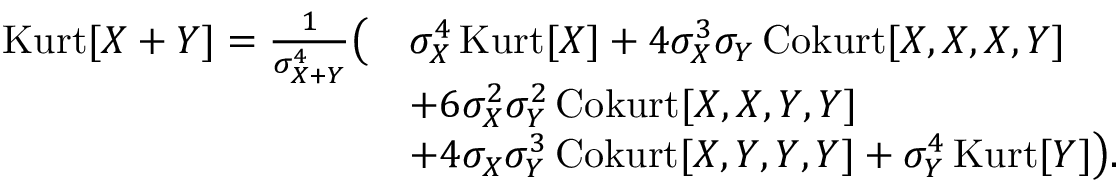
{ \begin{array} { r l } { \operatorname { K u r t } [ X + Y ] = { \frac { 1 } { \sigma _ { X + Y } ^ { 4 } } } { \big ( } } & { \sigma _ { X } ^ { 4 } \operatorname { K u r t } [ X ] + 4 \sigma _ { X } ^ { 3 } \sigma _ { Y } \operatorname { C o k u r t } [ X , X , X , Y ] } \\ & { + 6 \sigma _ { X } ^ { 2 } \sigma _ { Y } ^ { 2 } \operatorname { C o k u r t } [ X , X , Y , Y ] } \\ & { + 4 \sigma _ { X } \sigma _ { Y } ^ { 3 } \operatorname { C o k u r t } [ X , Y , Y , Y ] + \sigma _ { Y } ^ { 4 } \operatorname { K u r t } [ Y ] { \big ) } . } \end{array} }